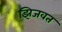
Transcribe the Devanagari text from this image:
झिजवत